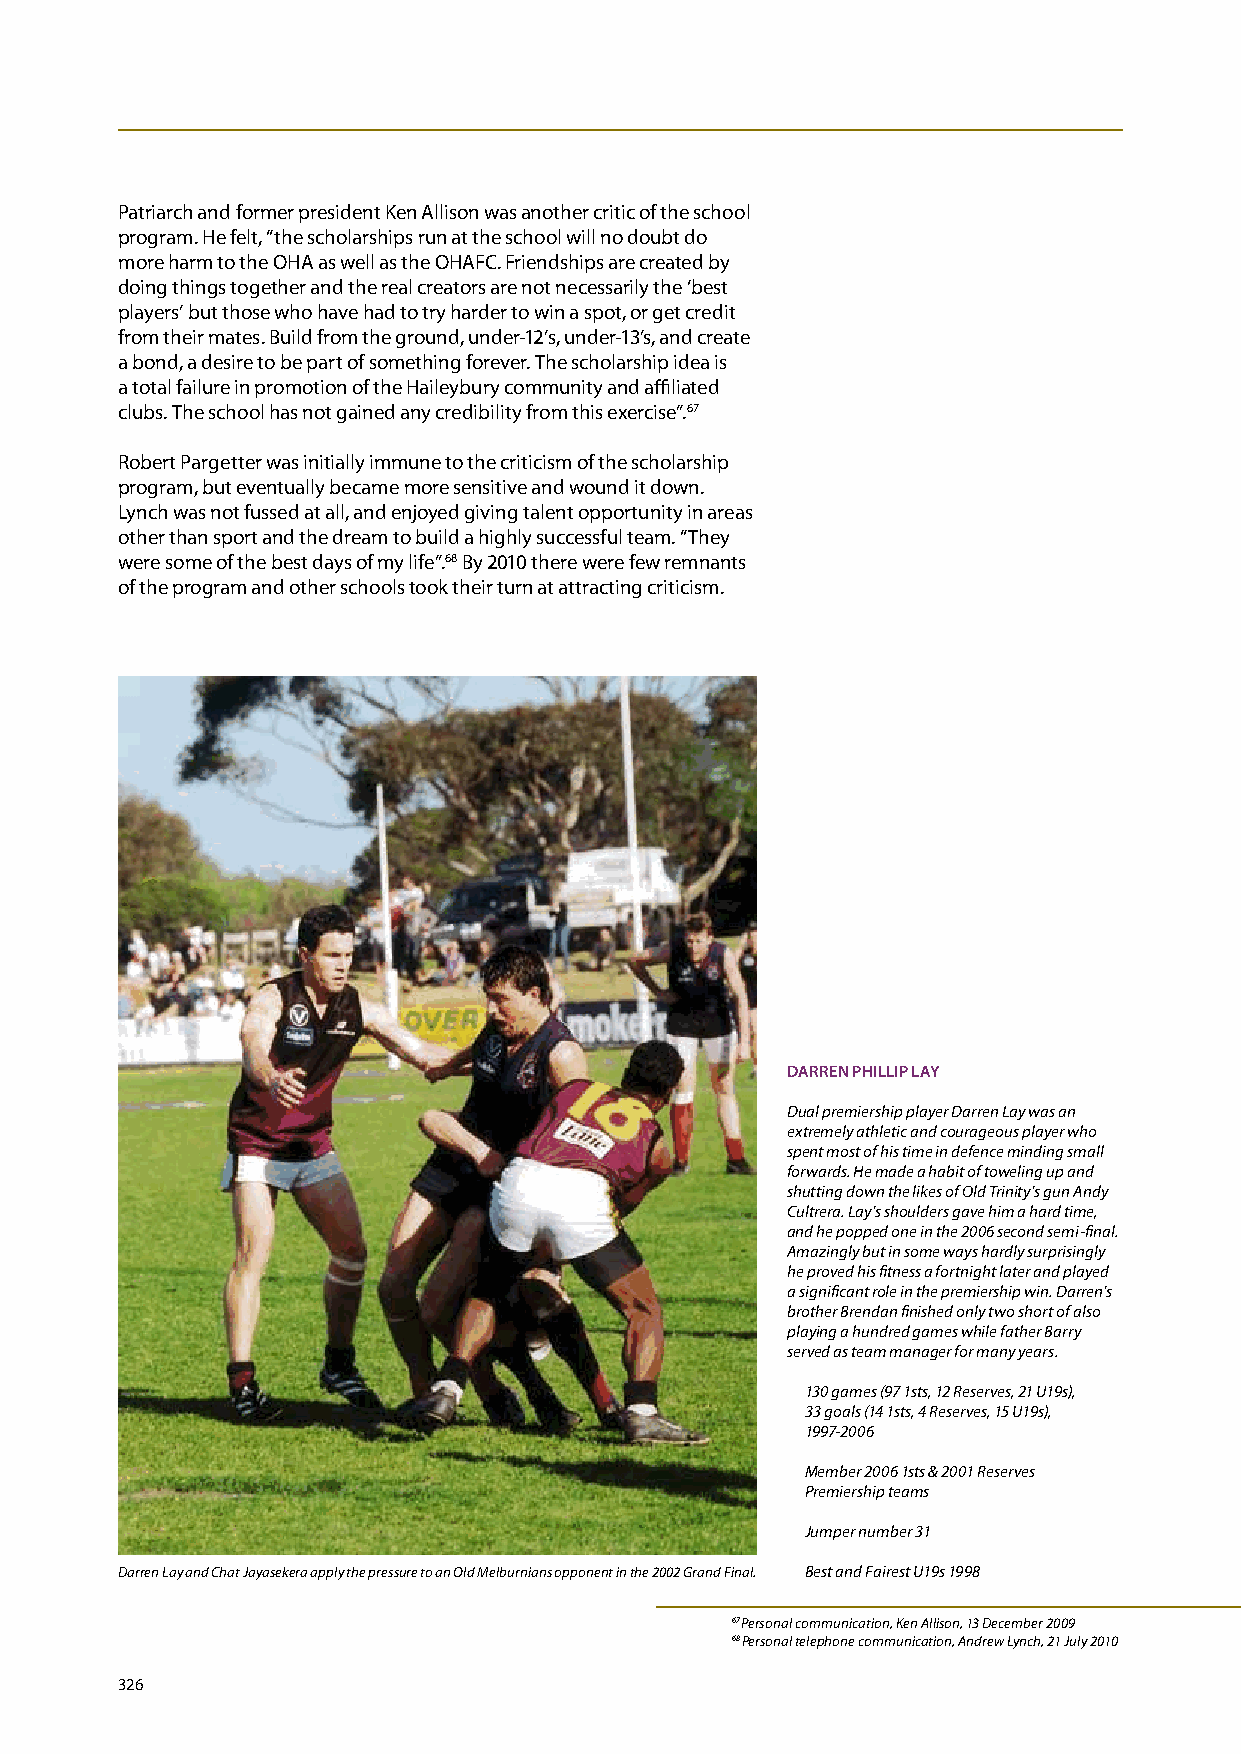
Patriarch and former president Ken Allison was another critic of the school
 program. He felt, “the scholarships run at the school will no doubt do
 more harm to the OHA as well as the OHAFC. Friendships are created by
 doing things together and the real creators are not necessarily the ‘best
 players’ but those who have had to try harder to win a spot, or get credit
 from their mates. Build from the ground, under-12’s, under-13’s, and create
 a bond, a desire to be part of something forever. The scholarship idea is
 a total failure in promotion of the Haileybury community and affiliated
 clubs. The school has not gained any credibility from this exercise”.67
 Robert Pargetter was initially immune to the criticism of the scholarship
 program, but eventually became more sensitive and wound it down.
 Lynch was not fussed at all, and enjoyed giving talent opportunity in areas
 other than sport and the dream to build a highly successful team. “They
 were some of the best days of my life”.68 By 2010 there were few remnants
 of the program and other schools took their turn at attracting criticism.
 DARREN PHILLIP LAY
 Dual premiership player Darren Lay was an
 extremely athletic and courageous player who
 spent most of his time in defence minding small
 forwards. He made a habit of toweling up and
 shutting down the likes of Old Trinity’s gun Andy
 Cultrera. Lay’s shoulders gave him a hard time,
 and he popped one in the 2006 second semi-final.
 Amazingly but in some ways hardly surprisingly
 he proved his fitness a fortnight later and played
 a significant role in the premiership win. Darren’s
 brother Brendan finished only two short of also
 playing a hundred games while father Barry
 served as team manager for many years.
 130 games (97 1sts, 12 Reserves, 21 U19s),
 33 goals (14 1sts, 4 Reserves, 15 U19s),
 1997-2006
 Member 2006 1sts & 2001 Reserves
 Premiership teams
 Jumper number 31
 Darren Lay and Chat Jayasekera apply the pressure to an Old Melburnians opponent in the 2002 Grand Final. Best and Fairest U19s 1998
 67 Personal communication, Ken Allison, 13 December 2009
 68 Personal telephone communication, Andrew Lynch, 21 July 2010
 326